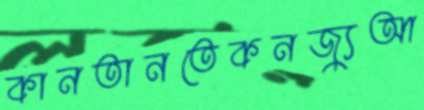
কানতানতেকনজ্যুআ